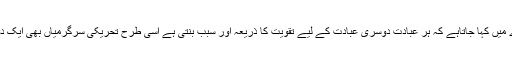
جس طرح عبادات کے بارے میں کہا جاتاہے کہ ہر عبادت دوسری عبادت کے لیے تقویت کا ذریعہ اور سبب بنتی ہے اسی طرح تحریکی سرگرمیاں بھی ایک دوسرے پر اثر انداز ہوتی ہیں۔